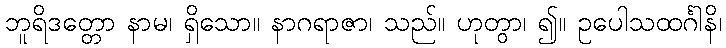
ဘူရိဒတ္တော နာမ၊ ရှိသော။ နာဂရာဇာ၊ သည်။ ဟုတွာ၊ ၍။ ဥပေါသထင်္ဂါနိ၊